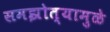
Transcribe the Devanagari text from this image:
समझोत्यामुळे